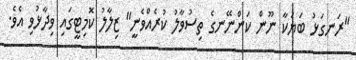
"ރަނގަޅު ބަޔަކާ ނޫން ކަންނޭނގެ ތިސުވާލު ކުރެއްވެނީ" ޒިލާލު ކޮމިޓީގައި ވިދާޅުވި އެވެ.